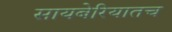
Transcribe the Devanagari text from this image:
सायबेरियातच